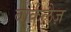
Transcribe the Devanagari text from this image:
बार्कलैज़